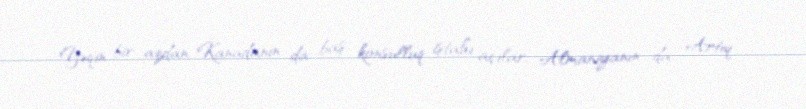
Yəqin bir azdan Kanadanın da baş konsulluq iştahı açılar, Almaniyanın da… Artıq